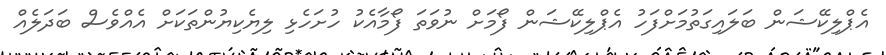
އެޕްލިކޭޝަން ބަލައިގަތުމަށްފަހު އެޕްލިކޭޝަން ފޯމަށް ނުވަތަ ފޯމާއެކު ހުށަހެޅި ލިޔެކިޔުންތަކަށް އެއްވެސް ބަދަލެއް